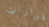
قرارات